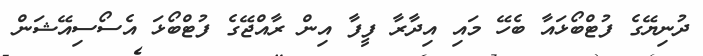
ދުނިޔޭގެ ފުޓްބޯޅައާ ބެހޭ މައި އިދާރާ ފީފާ އިން ރާއްޖޭގެ ފުޓްބޯޅަ އެސޯސިއޭޝަން